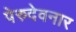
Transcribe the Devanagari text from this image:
पेरुदेवनार